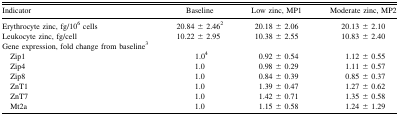
<table><thead><tr><td><b>Indicator</b></td><td><b>Baseline</b></td><td><b>Low zinc, MP1</b></td><td><b>Moderate zinc, MP2</b></td></tr></thead><tbody><tr><td>Erythrocyte zinc, fg/10<sup>6</sup> cells</td><td>20.84 ± 2.46<sup>2</sup></td><td>20.18 ± 2.06</td><td>20.13 ± 2.10</td></tr><tr><td>Leukocyte zinc, fg/cell</td><td>10.22 ± 2.95</td><td>10.38 ± 2.55</td><td>10.83 ± 2.40</td></tr><tr><td>Gene expression, fold change from baseline<sup>3</sup></td><td></td><td></td><td></td></tr><tr><td> Zip1</td><td>1.0<sup>4</sup></td><td>0.92 ± 0.54</td><td>1.12 ± 0.55</td></tr><tr><td> Zip4</td><td>1.0</td><td>0.98 ± 0.29</td><td>1.11 ± 0.57</td></tr><tr><td> Zip8</td><td>1.0</td><td>0.84 ± 0.39</td><td>0.85 ± 0.37</td></tr><tr><td> ZnT1</td><td>1.0</td><td>1.39 ± 0.47</td><td>1.27 ± 0.62</td></tr><tr><td> ZnT7</td><td>1.0</td><td>1.42 ± 0.71</td><td>1.35 ± 0.58</td></tr><tr><td> Mt2a</td><td>1.0</td><td>1.15 ± 0.58</td><td>1.24 ± 1.29</td></tr></tbody></table>